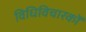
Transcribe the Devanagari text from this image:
विधिविचारकों